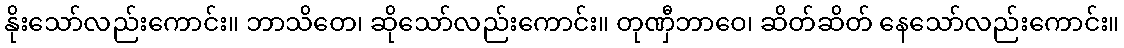
နိုးသော်လည်းကောင်း။ ဘာသိတေ၊ ဆိုသော်လည်းကောင်း။ တုဏှီဘာဝေ၊ ဆိတ်ဆိတ် နေသော်လည်းကောင်း။